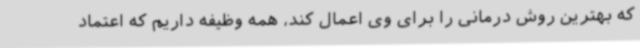
که بهترین روش درمانی را برای وی اعمال کند، همه وظیفه داریم که اعتماد